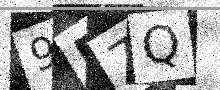
Text: 9B7Q